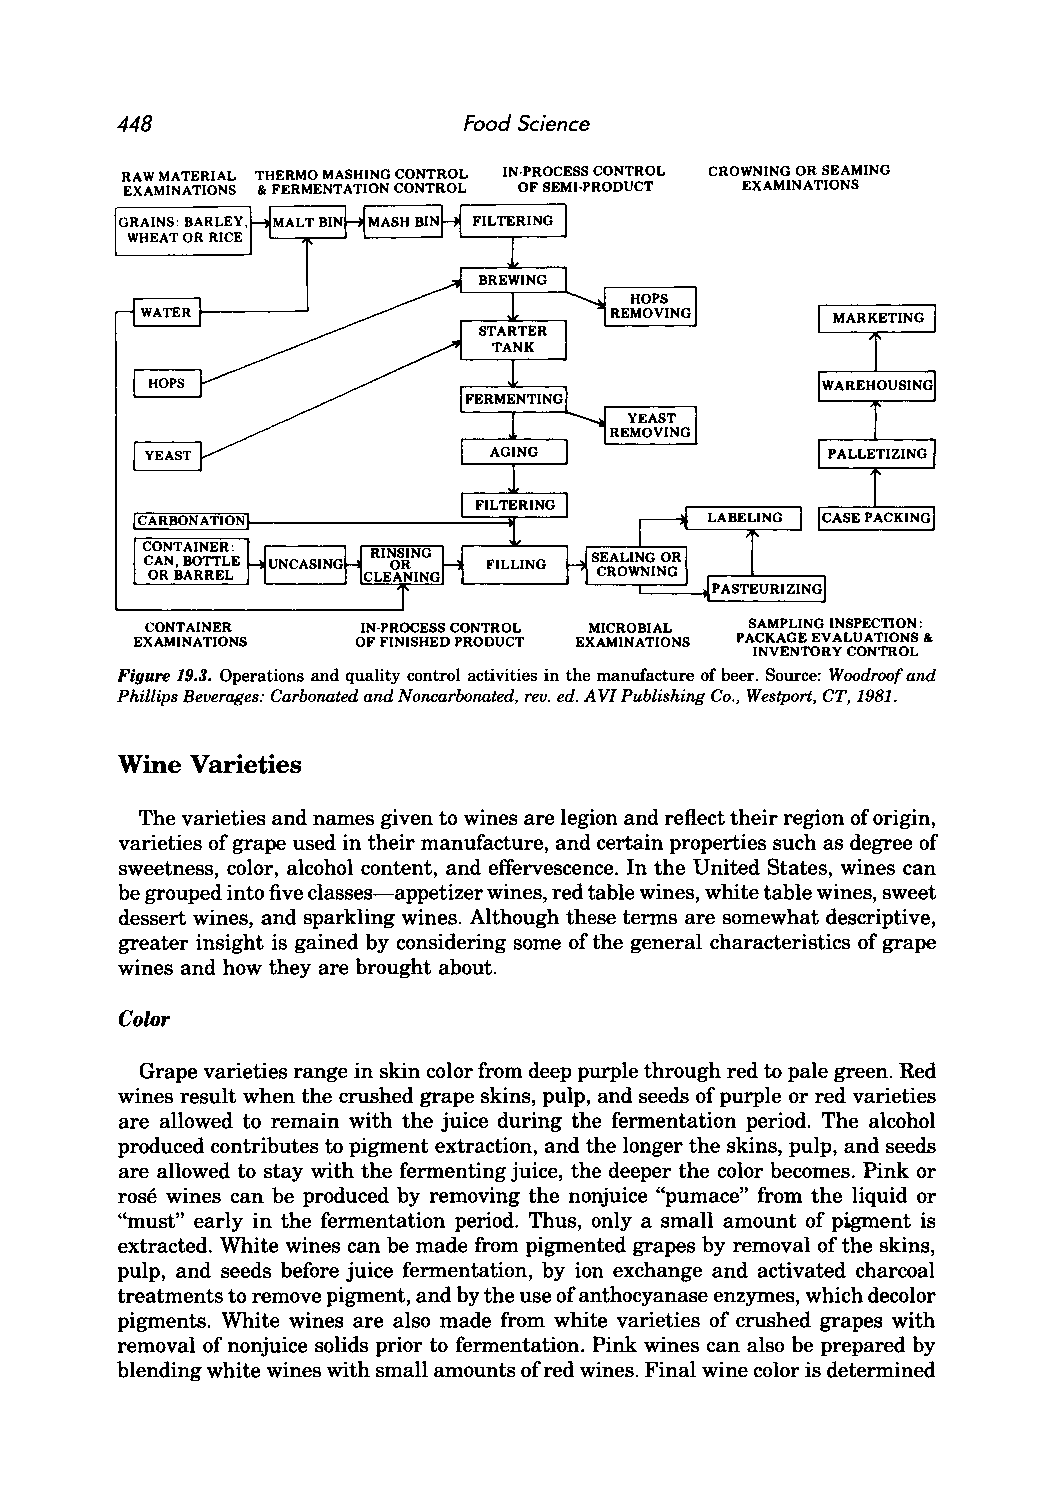
448                    Food Science
 RAW MATERIAL THERMO MASHING CONTROL IN-PROCESS CONTROL CROWNING OR SEAMING
 EXAMINATIONS & FERMENTATION CONTROL OF SEMI-PRODUCT EXAMINATIONS
 GRAINS: BARLEY,
 WHEAT OR RICE
 CONTAINER     IN-PROCESS CONTROL MICROBIAL SAMPLING INSPECTION:
 EXAMINATIONS   OF FINISHED PRODUCT EXAMINATIONS PACKAGE EVALUATIONS &
 INVENTORY CONTROL
 Figure 19.3. Operations and quality control activities in the manufacture of beer_ Source: Woodroof and
 Phillips Beverages: Carbonated and Noncarbonated, rev. ed. A VI Publishing Co., Westport, CT, 1981.
 Wine Varieties
 The varieties and names given to wines are legion and reflect their region of origin,
 varieties of grape used in their manufacture, and certain properties such as degree of
 sweetness, color, alcohol content, and effervescence. In the United States, wines can
 be grouped into five classes-appetizer wines, red table wines, white table wines, sweet
 dessert wines, and sparkling wines. Although these terms are somewhat descriptive,
 greater insight is gained by considering some of the general characteristics of grape
 wines and how they are brought about.
 Color
 Grape varieties range in skin color from deep purple through red to pale green. Red
 wines result when the crushed grape skins, pulp, and seeds of purple or red varieties
 are allowed to remain with the juice during the fermentation period. The alcohol
 produced contributes to pigment extraction, and the longer the skins, pulp, and seeds
 are allowed to stay with the fermenting juice, the deeper the color becomes. Pink or
 rose wines can be produced by removing the nonj uice "pumace" from the liquid or
 "must" early in the fermentation period. Thus, only a small amount of pigment is
 extracted. White wines can be made from pigmented grapes by removal of the skins,
 pulp, and seeds before juice fermentation, by ion exchange and activated charcoal
 treatments to remove pigment, and by the use of anthocyanase enzymes, which decolor
 pigments. White wines are also made from white varieties of crushed grapes with
 removal of nonjuice solids prior to fermentation. Pink wines can also be prepared by
 blending white wines with small amounts of red wines. Final wine color is determined